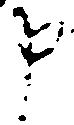
申